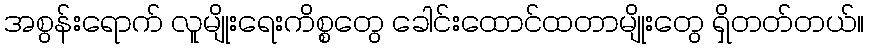
အစွန်းရောက် လူမျိုးရေးကိစ္စတွေ ခေါင်းထောင်ထတာမျိုးတွေ ရှိတတ်တယ်။